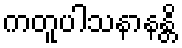
ကတူပါသနာနန္တိ